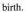
birth,